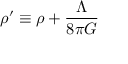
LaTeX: \rho ^ { \prime } \equiv \rho + { \frac { \Lambda } { 8 \pi G } }